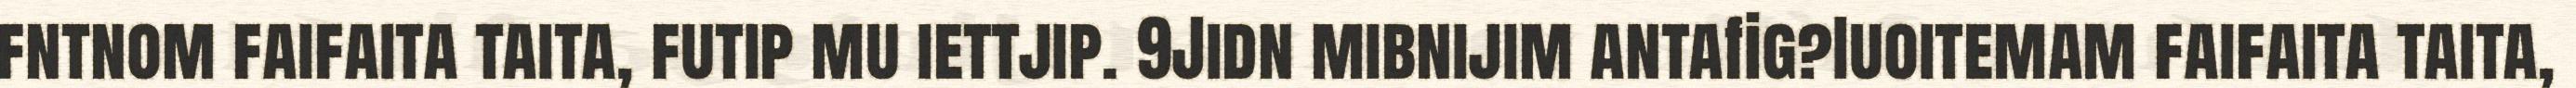
fntnom faifaita taita, futip mu iettjip. 9Jidn mibnijim antafig?Iuoitemam faifaita taita,